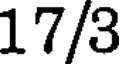
17/3